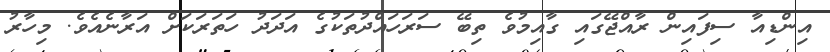
އިންޑިއާ ސިފައިން ރާއްޖޭގައި ގާއިމުވެ ތިބޭ ސަރަހައްދުތަކުގެ އަދަދު ހަތަރަކަށް އަރާނެއެވެ. މިހާރު